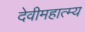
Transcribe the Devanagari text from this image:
देवीमहात्म्य